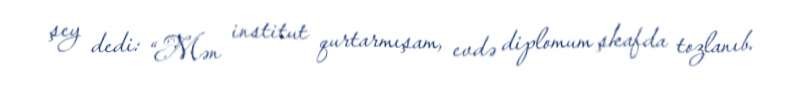
şey dedi: “Mən institut qurtarmışam, evdə diplomum şkafda tozlanıb.